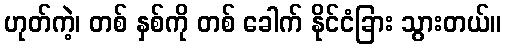
ဟုတ်ကဲ့၊ တစ် နှစ်ကို တစ် ခေါက် နိုင်ငံခြား သွားတယ်။